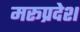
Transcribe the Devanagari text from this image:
मरूप्रदेश